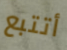
أتتبع